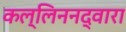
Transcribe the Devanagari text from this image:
कल्लिननद्वारा